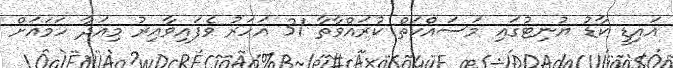
އައިޑީ ކާޑު ޔުނިޓުގައި މަަސައްކަތް ކުރައްވާތާ 31 އަހަރު ވެފައިވާއިރު މިއަދާ ހަމައަށް